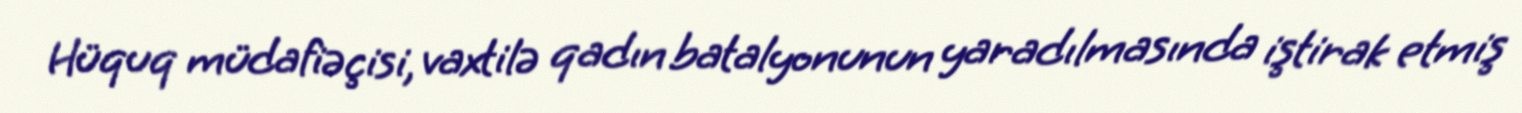
Hüquq müdafiəçisi, vaxtilə qadın batalyonunun yaradılmasında iştirak etmiş